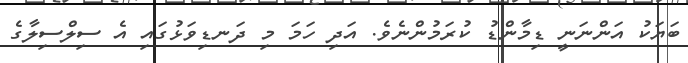
ބަޔަކު އަންނަނީ ޑިމާންޑު ކުރަމުންނެވެ. އަދި ހަމަ މި ދަނޑިވަޅުގައި އެ ސިލްސިލާގެ